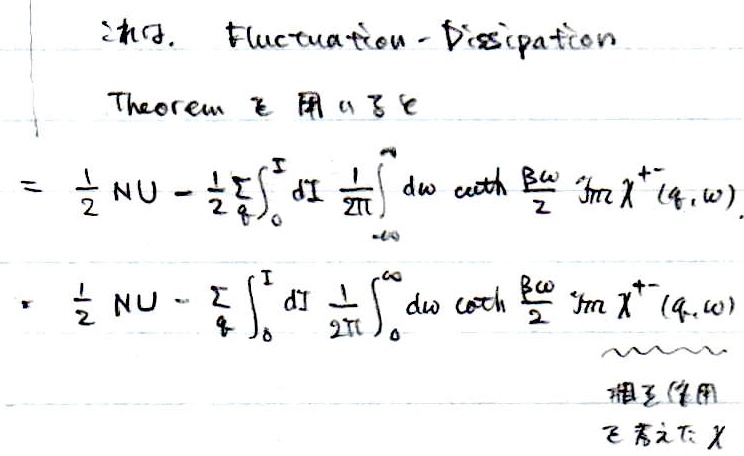
2nd. Fluctuation - Dissipation Theorem 飞用いる
\[
=\frac{1}{2}NU-\frac{1}{2}\sum_{q}\int_{0}^{I}dI\frac{1}{2\pi}\int_{-\infty}^{\infty}d\omega\coth\frac{\beta\omega}{2}\text{Im}\chi^{+}(q,\omega)
\]
\[
=\frac{1}{2}NU-\sum_{q}\int_{0}^{I}dI\frac{1}{2\pi}\int_{0}^{\infty}d\omega\coth\frac{\beta\omega}{2}\text{Im}\chi^{+}(q,\omega)
\]
相互作用飞書く \(\chi\)